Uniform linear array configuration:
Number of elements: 8
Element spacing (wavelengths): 1
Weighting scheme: binomial
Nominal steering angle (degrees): -60
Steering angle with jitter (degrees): -60.307
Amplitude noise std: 0.05
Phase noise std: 0.05

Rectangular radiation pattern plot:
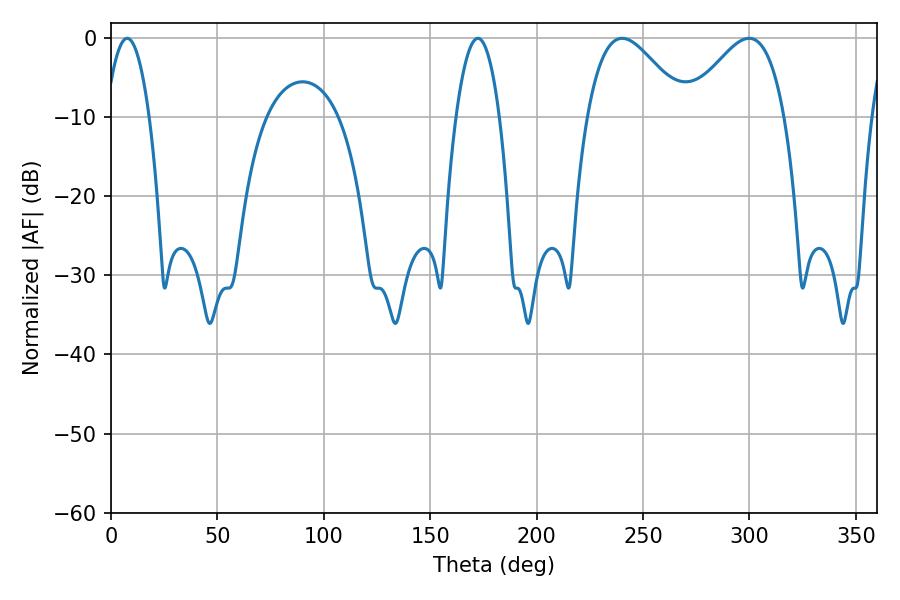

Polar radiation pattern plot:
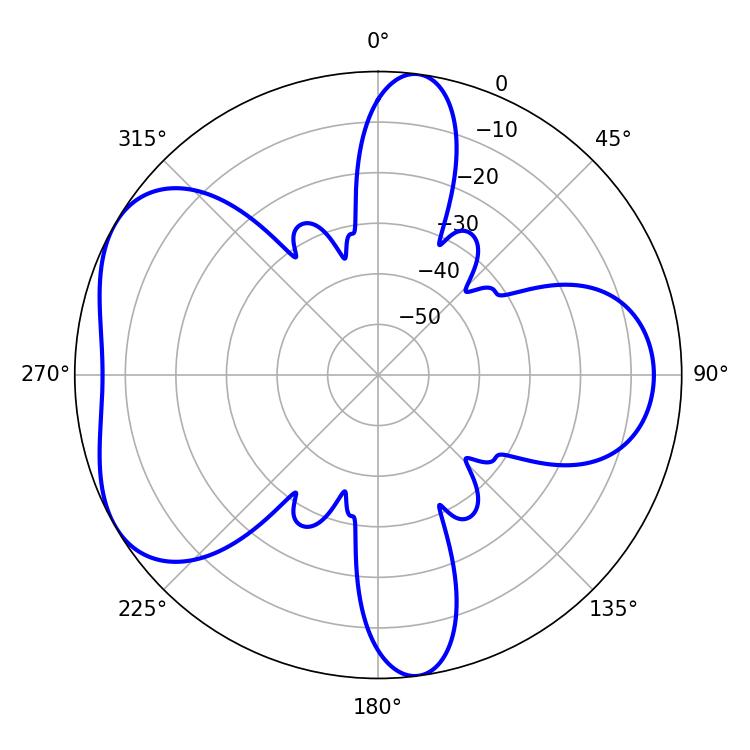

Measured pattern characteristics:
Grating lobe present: TRUE
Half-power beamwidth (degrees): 24.66
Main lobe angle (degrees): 240.12